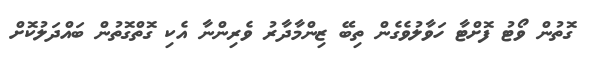
ގޮތުން ވޯޓު ފޮށްޓާ ހަވާލުވެގެން ތިބޭ ޒިންމާދާރު ވެރިންނާ އެކި ގޮތްގޮތުން ބައްދަލުކޮށް